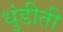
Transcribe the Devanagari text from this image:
धुंडीती